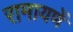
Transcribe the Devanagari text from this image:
रामायणें